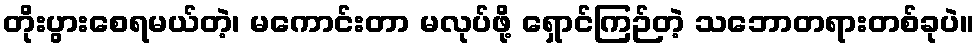
တိုးပွားစေရမယ်တဲ့၊ မကောင်းတာ မလုပ်ဖို့ ရှောင်ကြဉ်တဲ့ သဘောတရားတစ်ခုပဲ။